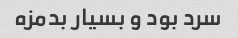
سرد بود و بسیار بدمزه